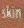
Skin